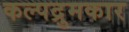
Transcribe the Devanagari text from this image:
कल्पद्रुमकार